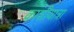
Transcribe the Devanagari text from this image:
काशीयात्रा